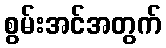
စွမ်းအင်အတွက်